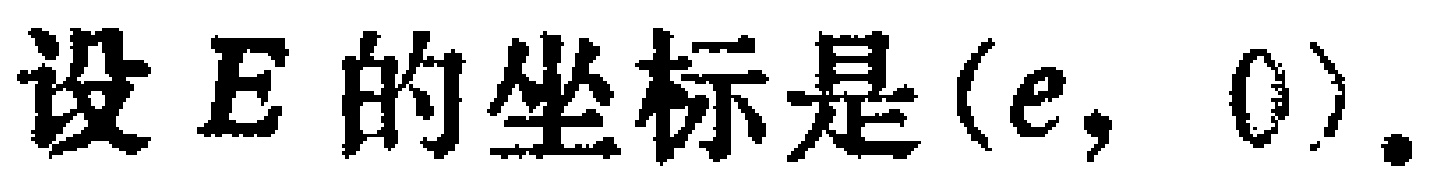
设 \(E\) 的坐标是 \((e, 0)\).